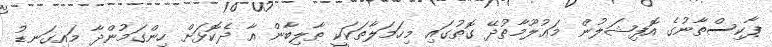
ޕާކިސްތާނުގެ އޮފިޝަލުން މަޢުލޫމާތުދޭ ގޮތުގައި މިހަމަލާތަކަކީ ޠާލިބާން އާ ދެކޮޅަށް ހިންގަމުންދާ މައިގަނޑު